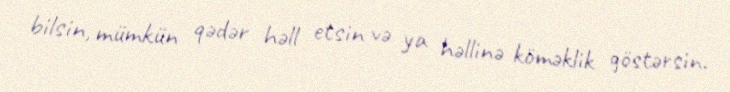
bilsin, mümkün qədər həll etsin və ya həllinə köməklik göstərsin.